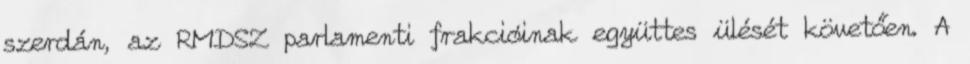
szerdán, az RMDSZ parlamenti frakcióinak együttes ülését követően. A